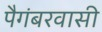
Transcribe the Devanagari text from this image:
पैगंबरवासी